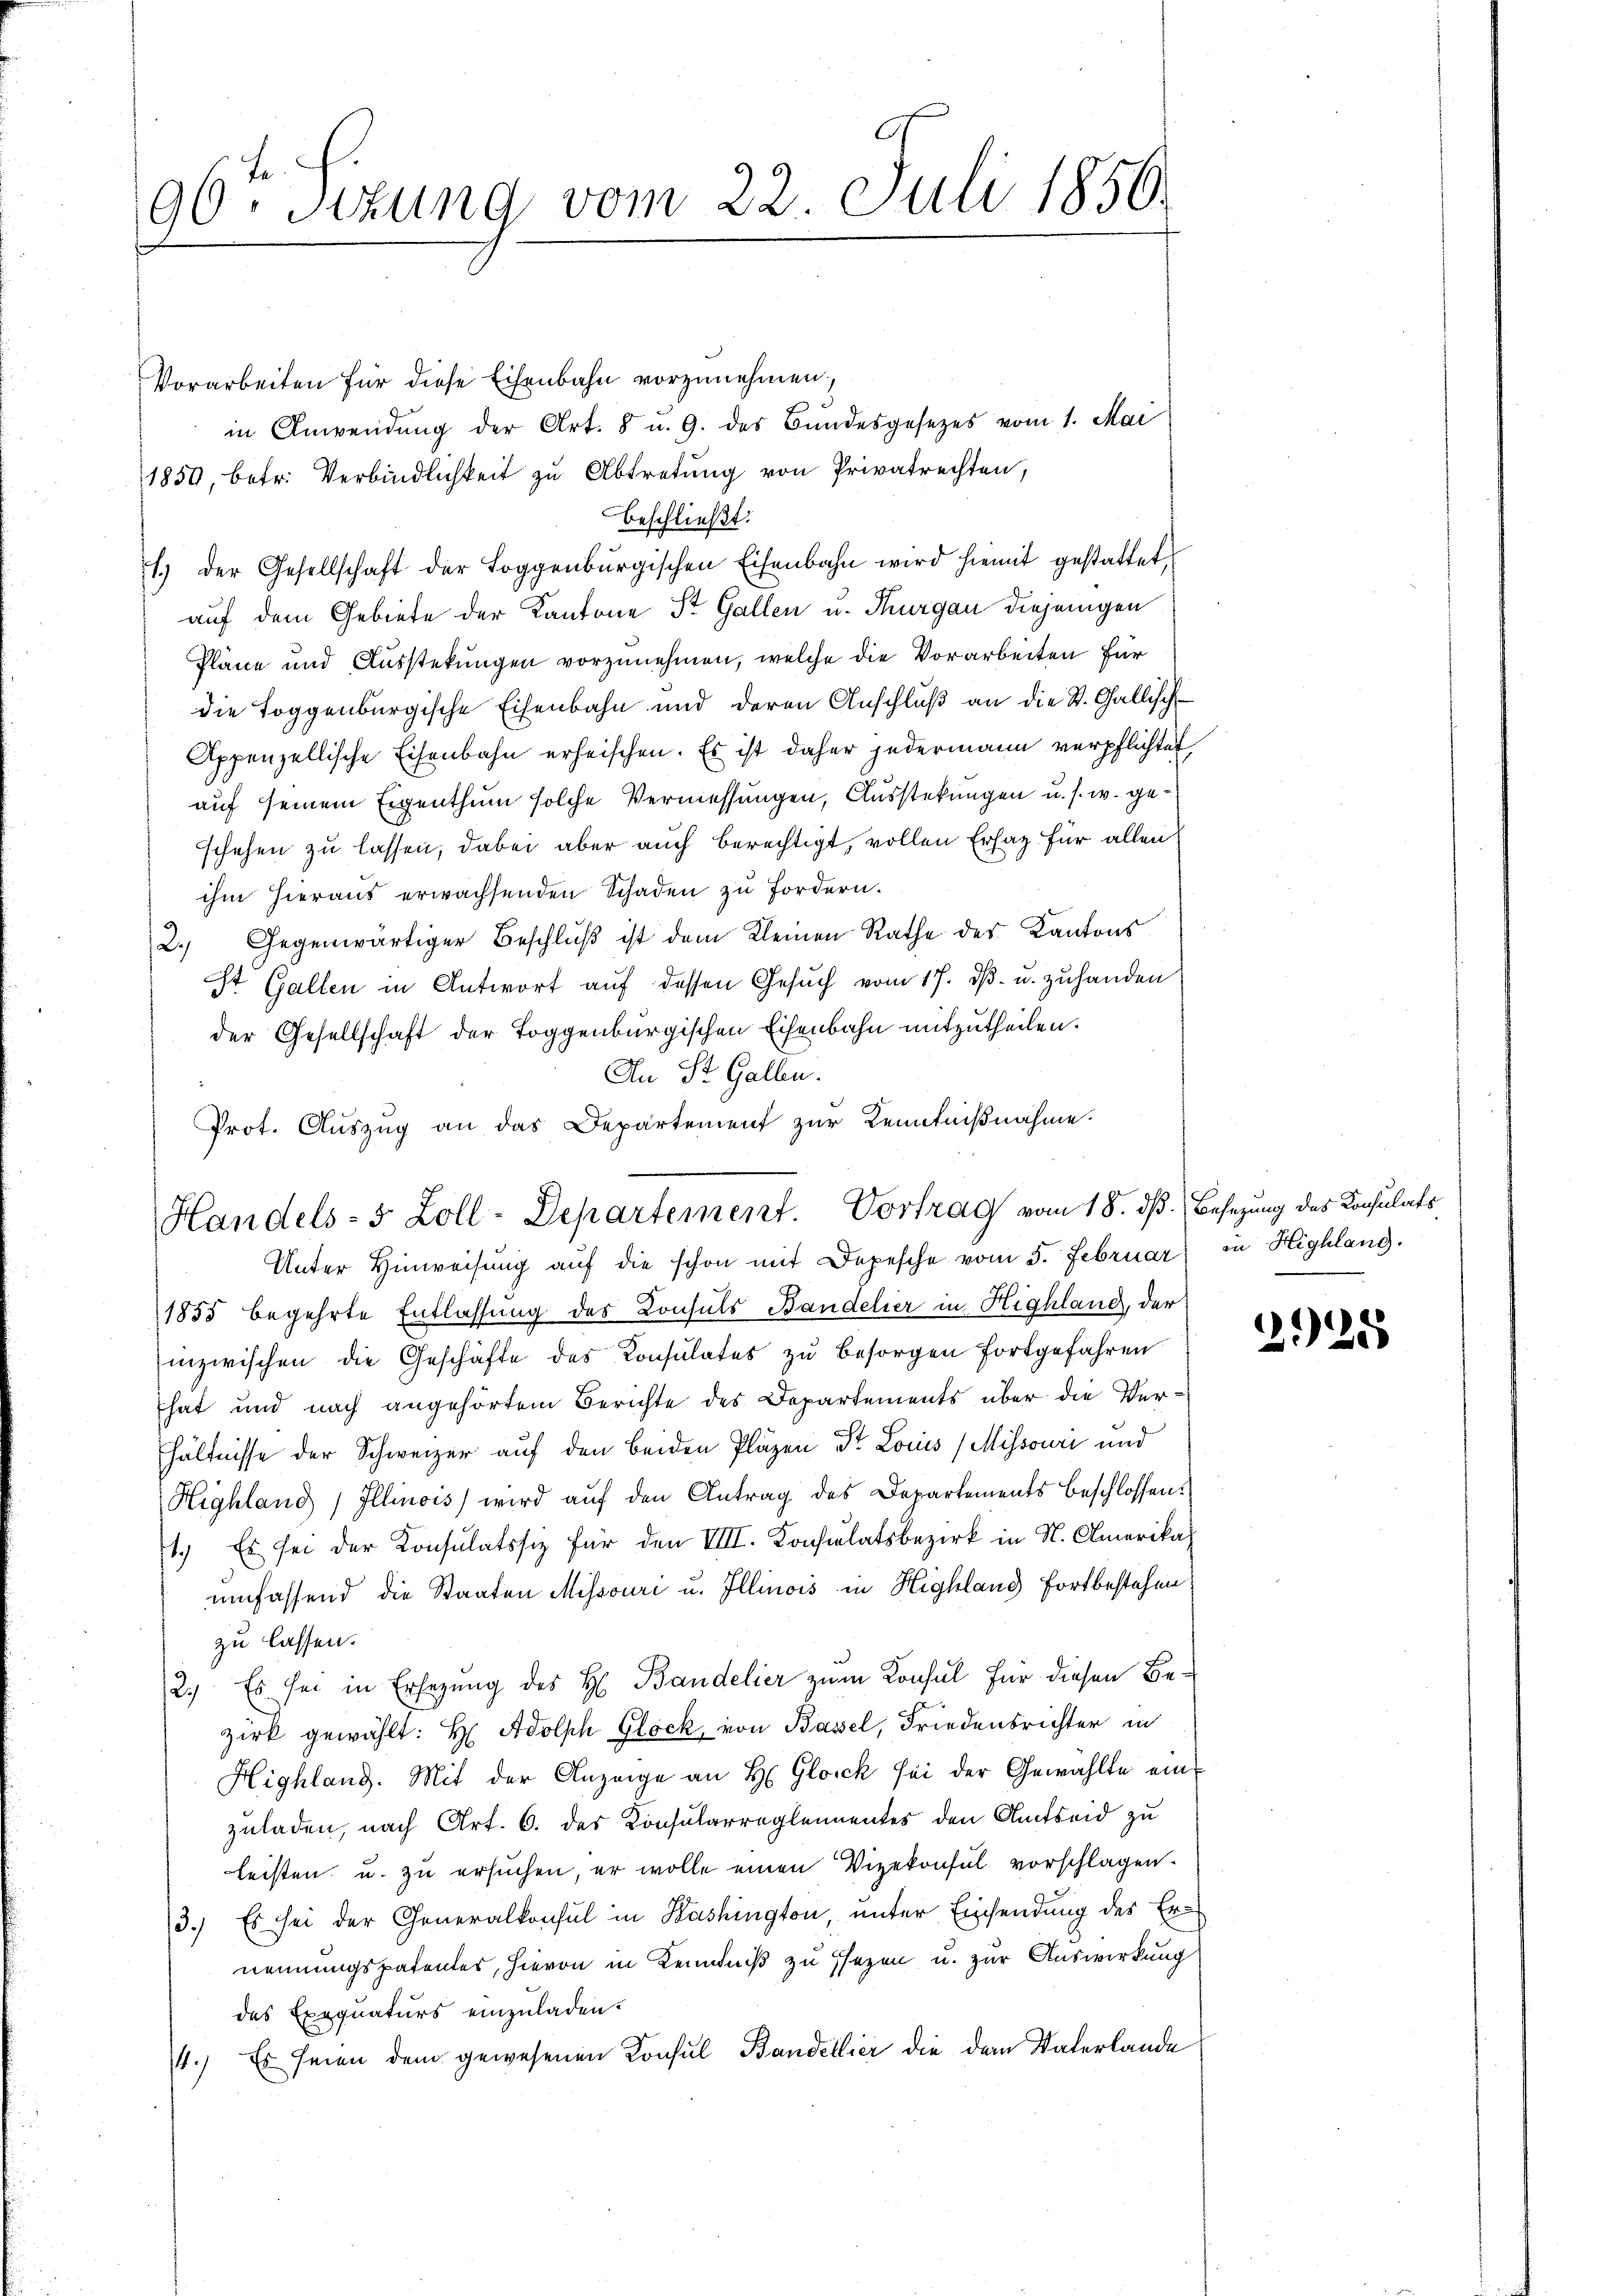
90. Sekung vom 22. Juli 1856.

Vorarbeiten für diese Eisenbahn vorzunehmen,
in Anwendŭng der Art. 8 u. 9. des Bŭndesgesetzes vom 1. Mai
1850, betr. Verbindlichkeit zu Abtretung von Privatrechten,
beschließt:
1.) der Gesellschaft der Loggenbürgischen Eisenbahn wird hiemit gestattet,
auf dem Gebiete der Kantone St. Gallen u. Thurgau diejenigen
Pläne und Ausstekungen vorzunehmen, welche die Vorarbeiten für
die Toggenburgische Eisenbahn und deren Anschluß an die St. Gallisch
Appenzellische Eisenbahn erheischen. Es ist daher jedermann verpflichtet
auf seinem Eigenthum solche Vermessungen, Ausstekungen u. s. w. geschehen zu lassen, dabei aber auch berechtigt, vollen Ersatz für allen
ihm hieraus erwachsenden Schaden zu fordern.
2.) Gegenwärtiger Beschlŭβ ist dem Kleinen Rathe des Kantons
St. Gallen in Antwort auf dessen Gesŭch vom 17. dβ. u. zuhanden
der Gesellschaft der Toggenburgischen Eisenbahn mitzutheilen.
An St. Gallen.
Prot. Auszug an das Departement zur Kenntnißnahme.

Handels- 5 Zoll-Departement. Vortrag vom 18. dß. Besezung des Konsulats

Unter Hinweisŭng aŭf die schon mit Depesche vom 5. Februar in Highlang.
1855 begehrte Entlassung des Consuls Bandelier in Highland, der
inzwischen die Geschäfte des Konsulates zŭ besorgen fortgefahren
hat und nach angehörtem Berichte des Departements über die Verhältnisse der Schweizer auf den beiden Pläzen St. Louis (Mihsouri und
Highland Illinois) wird aŭf den Antrag des Departements beschlossen:
1.) Es sei der Konsulatssitz für den VIII. Konsulatsbezirk in N. Omerikaumfassend die Staaten Missouri u. Illinois in Highlang fortbestehen
zu lassen.
2.) Es sei in Ersezung des H. Bandelier zum Konsul für diesen Bezirk gewählt: H: Adolph Glock, von Basel, Friedensrichter in
Highland. Mit der Anzeige an H. Glock sei der Gewählte einzuladen, nach Art. 6. des Konsularreglementes den Amtseid zu
leisten u. zu ersuchen, er wolle einen Vizekonsul vorschlagen.
3.) Es sei der Generalkonsul in Washington, unter Einsendung des Ernennungspatentes, hievon in Kenntniß zu sezen u. zur Auswirkung
des Exequaturs einzuladen.
4.) Es seien dem gewesenen Konsul Bandellier die dem Vaterlande

2925